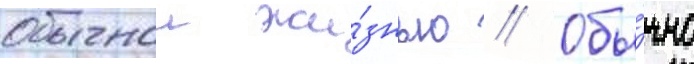
обычнои жи́знью // Обы́чно